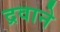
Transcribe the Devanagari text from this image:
द्रवाने